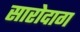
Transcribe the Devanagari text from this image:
सारोदाग